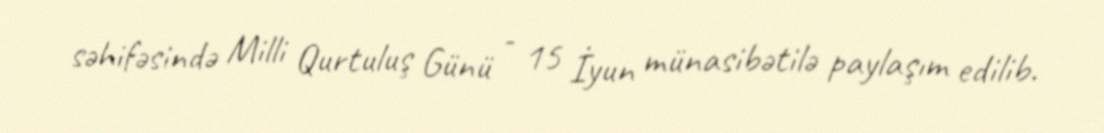
səhifəsində Milli Qurtuluş Günü - 15 İyun münasibətilə paylaşım edilib.